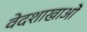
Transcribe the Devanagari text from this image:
वेदशाखाओं